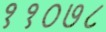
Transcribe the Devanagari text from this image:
११०७८